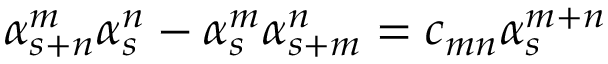
\alpha _ { s + n } ^ { m } \alpha _ { s } ^ { n } - \alpha _ { s } ^ { m } \alpha _ { s + m } ^ { n } = c _ { m n } \alpha _ { s } ^ { m + n }